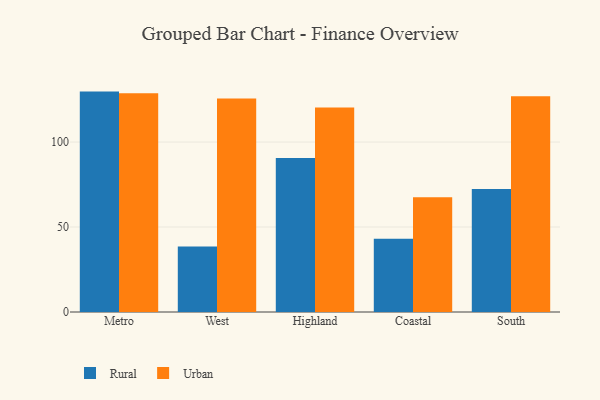
{"axis": {"x": "Region", "y": "Latency (ms)"}, "legend": ["Rural", "Urban"], "data": [{"x": "Metro", "y": 129.7, "type": "Rural"}, {"x": "Metro", "y": 128.8, "type": "Urban"}, {"x": "West", "y": 38.5, "type": "Rural"}, {"x": "West", "y": 125.7, "type": "Urban"}, {"x": "Highland", "y": 90.6, "type": "Rural"}, {"x": "Highland", "y": 120.3, "type": "Urban"}, {"x": "Coastal", "y": 43.1, "type": "Rural"}, {"x": "Coastal", "y": 67.6, "type": "Urban"}, {"x": "South", "y": 72.4, "type": "Rural"}, {"x": "South", "y": 126.9, "type": "Urban"}]}